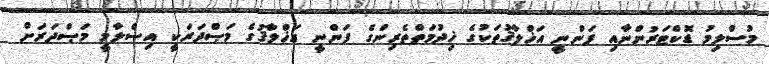
މުސްލިމު ޑޮކްޓަރުންނާއި ފަންނީ އަޚްލާޤުތަކުގެ ޚިދުމަތްތެރިންގެ ފަންނީ އަޚްލާޤުގެ މަޞްދަރަކީ އިސްލާމީ މަޞްދަރަށް